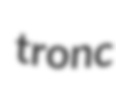
tronc